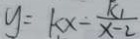
y = k x - \frac { k _ { 1 } } { x - 2 }